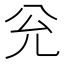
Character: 兊